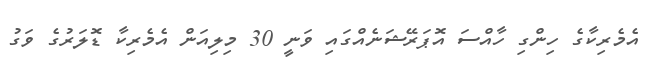
އެމެރިކާގެ ހިންގި ހާއްސަ އޮޕަރޭޝަނެއްގައި ވަނީ 30 މިލިއަން އެމެރިކާ ޑޮލަރުގެ ވަގު